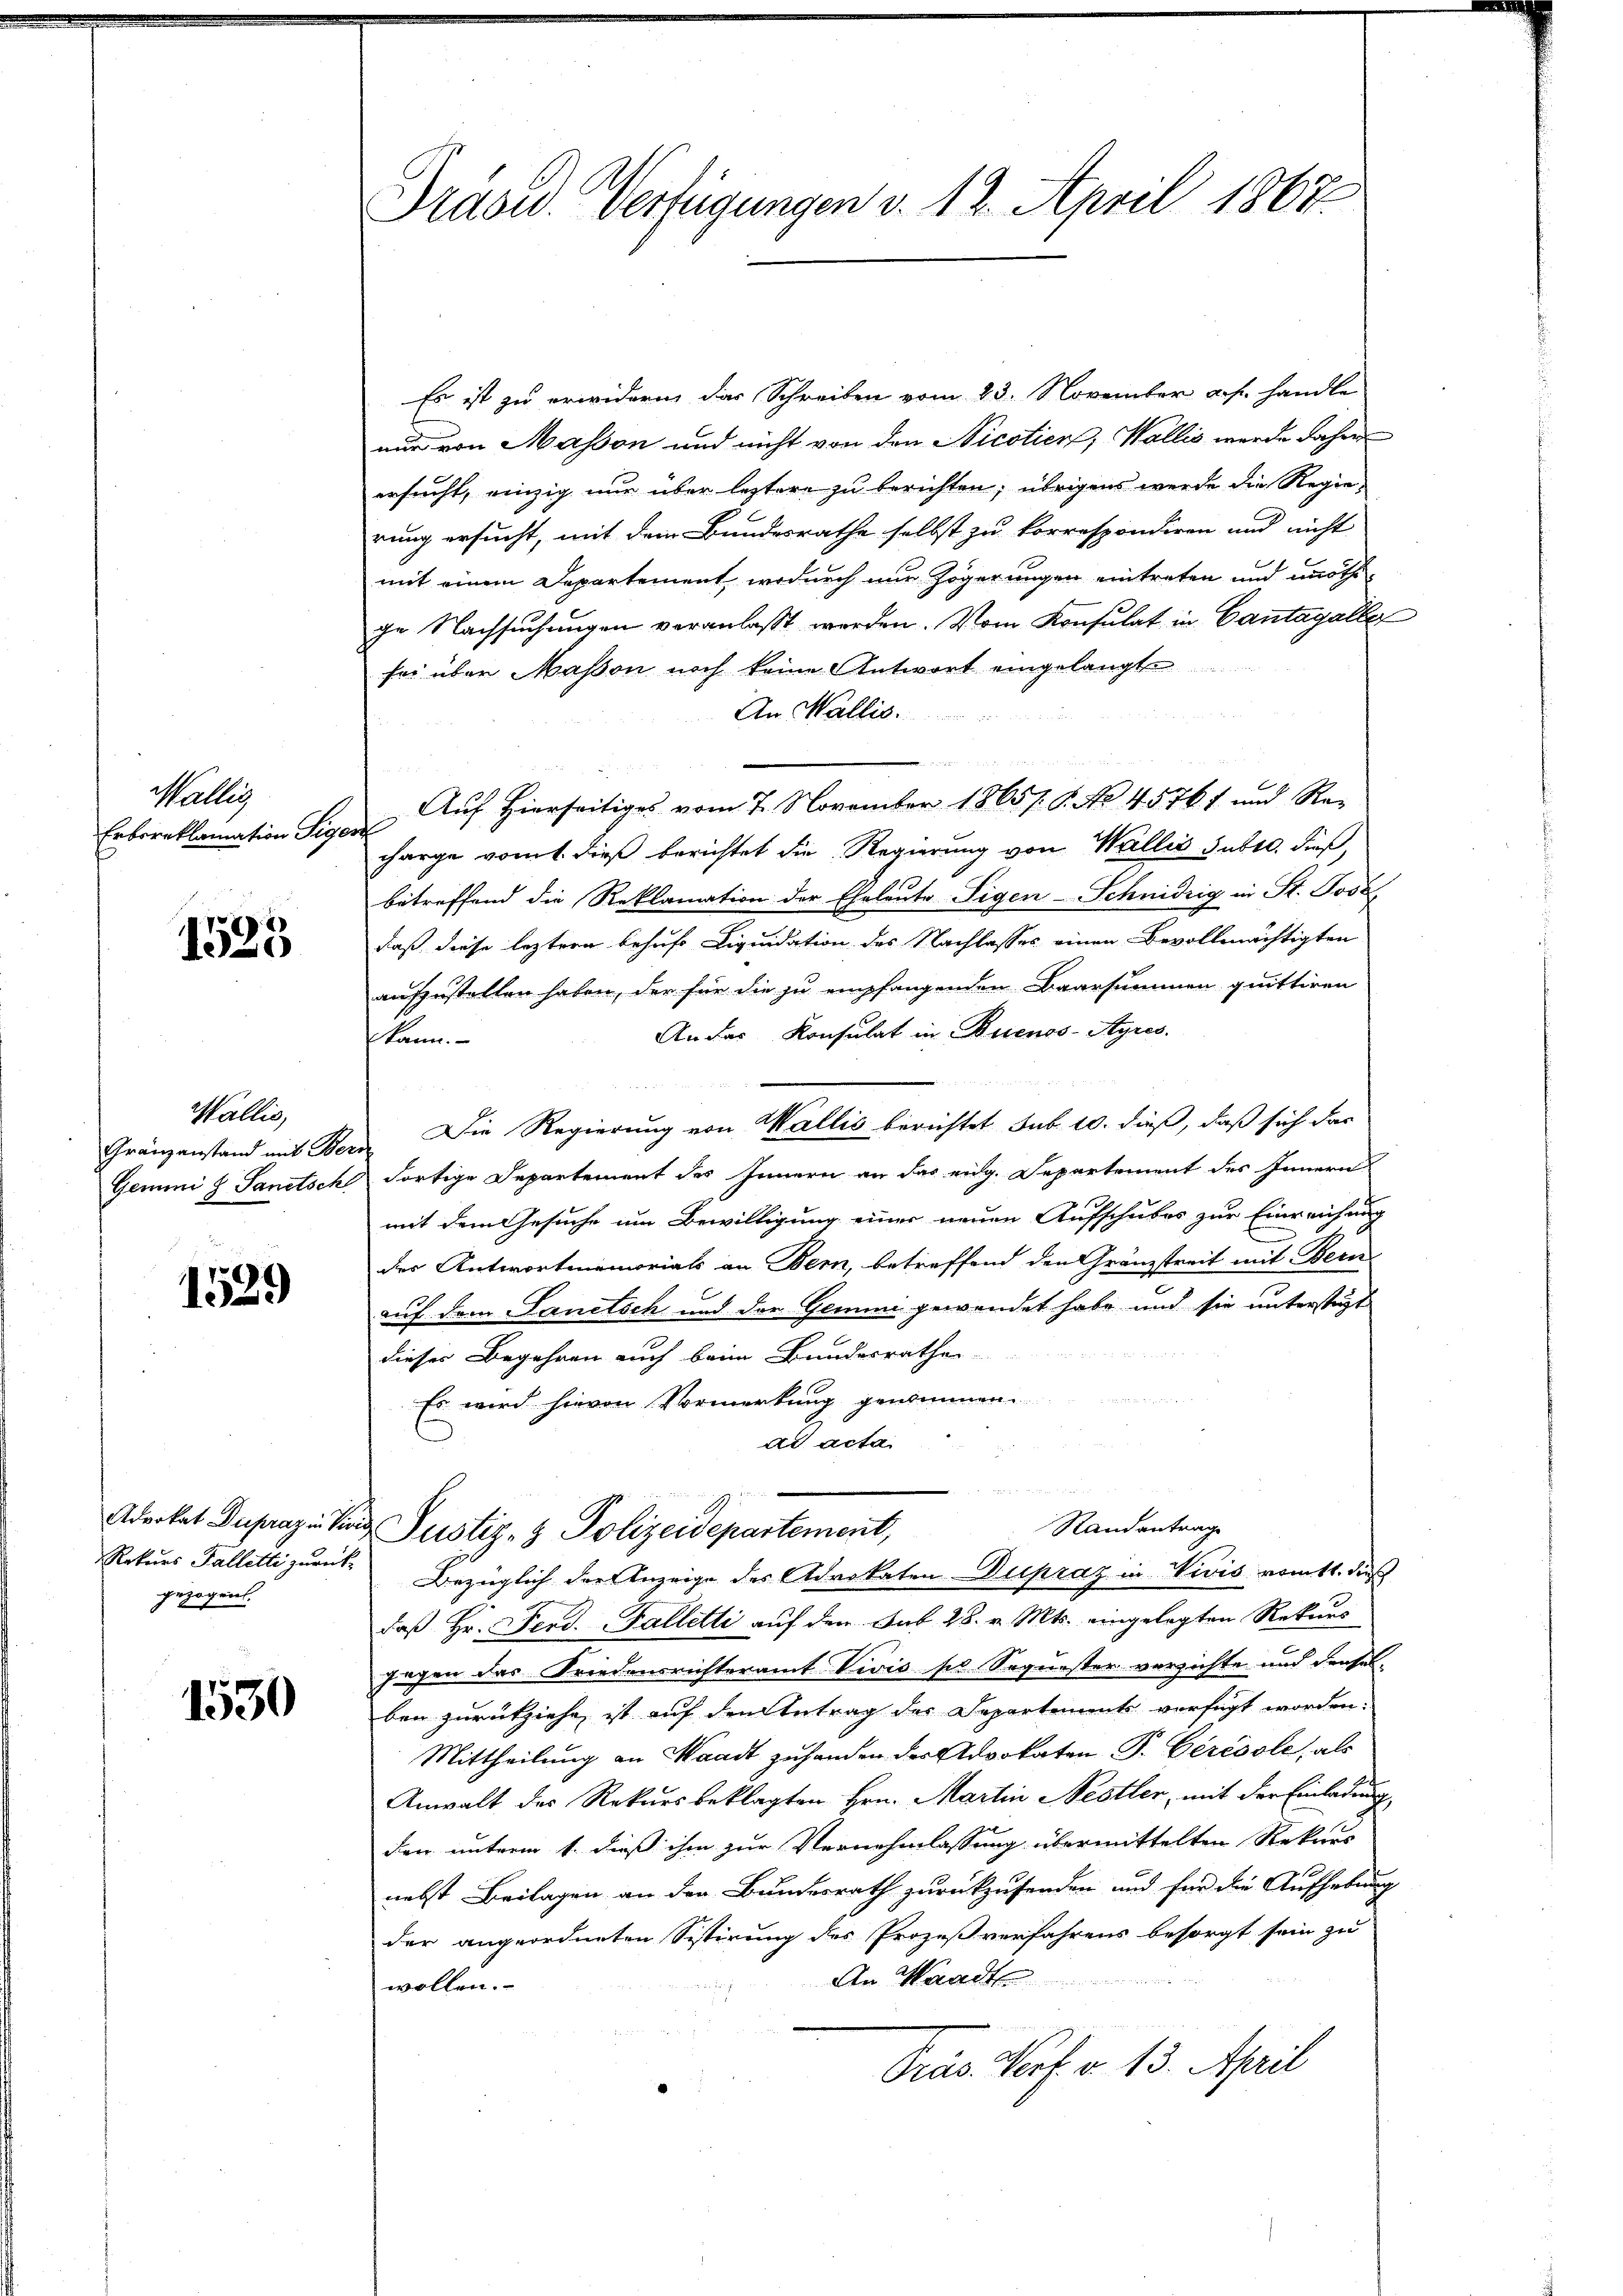
Wallis
Erbereklamation Sige

1523

Wallis,
Gränzanstand mit Bez
Gemmi 8 Sanitsch

1529

gezogen.

1530

Präsid. Verfügungen v. 12. April 1867

Es ist zu erwidern das Schreiben vom 23. November a. s. handle
nur von Masson und nicht von den Nicotier, Wallis werde daher
ersucht, einzig nur über leztere zu berichten; übrigens werde die Regierung ersucht, mit dem Bundesrathe selbst zu korrespondiren und nicht
mit einem Departement, wodurch nur Zögerungen eintreten und nöth
ge Nachsuchungen veranlaßt werden. Vom Konsulat in Cantagalle
fer über Maßen noch keine Antwort eingelangte
An Wallis.
Auf hierseitiges vom 7. November 1865. 8. No 45761 und Re-
o
charge vom dieß berichtet die Regierung von Wallis subtl. dieß,
betreffend die Reklamation der Eheleute Tigen-Schnidrig in St. Jose
daß diese leztern behufe Liquidation des Nachlasses einen Bevollmächtigten
aufzustellen haben, der für die zu empfangenden Baarsummen quittiren
An das Konsulat in Buenos-Ayres.
kann.
Die Regierung von Wallis berichtet sub. 10. dieß, daß sich das
i
Fortige Departement des Innern an das eidg. Departement des Innern
mit dem Gesuche um Bewilligung einer neuen Aufschubes zur Einreichung
der Antwortmemorials an Bern, betreffend den Gränzstreit mit Bern
1
auf dem Sanitsch und der Gemini gewendet habe und sie unterstigt
dieser Begehren auch beim Bundesrathe
Es wird hievon Vormerkung genommen
ad acta
u
Randantrage
derket Dupraz in Sind Justiz- & Polizeidepartement,
Rekurs Falletti zurück. Bezüglich der Anzeige des Advokaten Dupraz in Vivis vom 11. daß
daß Hr. Ferd. Falletti auf den Sub 28. v. Mts. eingelegten Rekurs
jagen das Friedensrichteramt Vivis po Sequester versichte und densel-
ben zurückziehe, ist auf den Antrag des Departements verfügt worden.
Mittheilung an Waadt zuhanden der Advokaten P. Cérésole, als
Anwalt des Rekursbeklagten Hrn. Martin Nestler, mit der Einladung
den unterm 1. dieß ihm zur Vernehmlassung übermittelten Rekurs
nebst Beilagen an der Bundesrath zurückzusenden und für die Aufhebung
der angeordneten Sistirung des Prozeß verfahrens besorgt sein zu
An Waadt
wollen.
Präs. Porf. v. 13. April